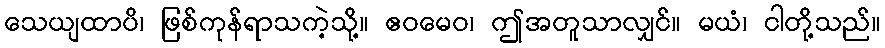
သေယျထာပိ၊ ဖြစ်ကုန်ရာသကဲ့သို့။ ဧဝမေဝ၊ ဤအတူသာလျှင်။ မယံ၊ ငါတို့သည်။